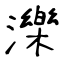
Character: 濼